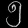
Digit: ၅